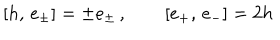
LaTeX: [ h , \, e _ { \pm } ^ { } ] = \pm e _ { \pm } ^ { } \, , \qquad [ e _ { + } ^ { } , \, e _ { - } ^ { } ] = 2 h \,